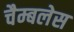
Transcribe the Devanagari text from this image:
चैम्बलेस